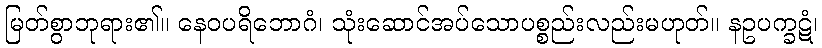
မြတ်စွာဘုရား၏။ နေဝပရိဘောဂံ၊ သုံးဆောင်အပ်သောပစ္စည်းလည်းမဟုတ်။ နဥပက္ခဋံ၊